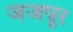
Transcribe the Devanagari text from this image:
जजपूर